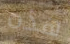
هذه